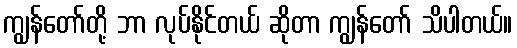
ကျွန်တော်တို့ ဘာ လုပ်နိုင်တယ် ဆိုတာ ကျွန်တော် သိပါတယ်။